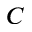
C